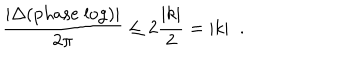
\frac { | \Delta ( \mathrm { p h a s e \; l o g } ) | } { 2 \pi } \leq 2 \frac { | k | } { 2 } = | k | \; \; .